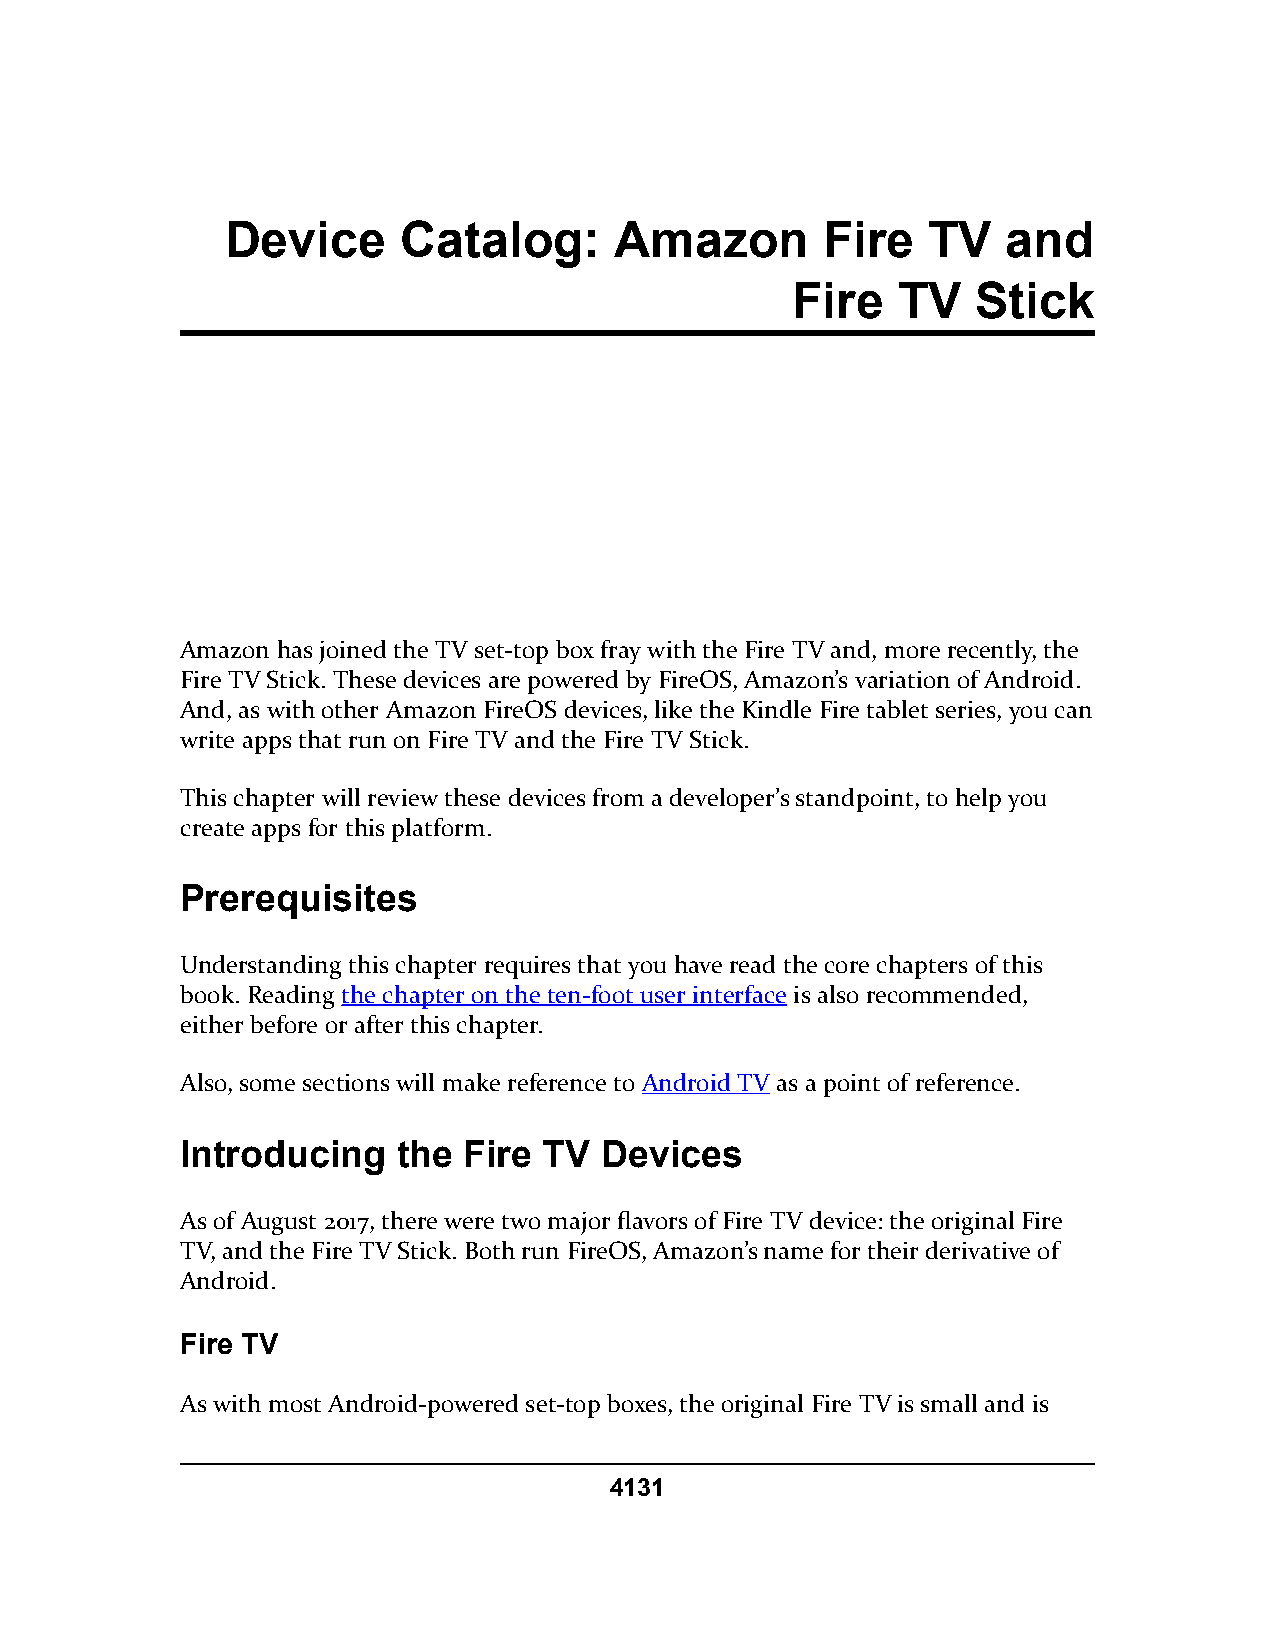
Device      Catalog:      Amazon       Fire   TV    and
 Fire   TV    Stick
 Amazon has joined the TV set-top box fray with the Fire TV and, more recently, the
 Fire TV Stick. These devices are powered by FireOS, Amazon’s variation of Android.
 And, as with other Amazon FireOS devices, like the Kindle Fire tablet series, you can
 write apps that run on Fire TV and the Fire TV Stick.
 This chapter will review these devices from a developer’s standpoint, to help you
 create apps for this platform.
 Prerequisites
 Understanding this chapter requires that you have read the core chapters of this
 book. Reading the chapter on the ten-foot user interface is also recommended,
 either before or after this chapter.
 Also, some sections will make reference to Android TV as a point of reference.
 Introducing   the  Fire TV  Devices
 As of August 2017, there were two major flavors of Fire TV device: the original Fire
 TV, and the Fire TV Stick. Both run FireOS, Amazon’s name for their derivative of
 Android.
 Fire TV
 As with most Android-powered set-top boxes, the original Fire TV is small and is
 4131